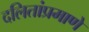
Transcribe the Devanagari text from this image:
दलितांप्रमाणे